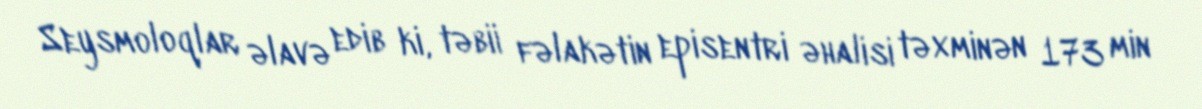
Seysmoloqlar əlavə edib ki, təbii fəlakətin episentri əhalisi təxminən 173 min